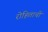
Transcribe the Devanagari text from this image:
रोहिताची